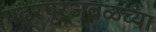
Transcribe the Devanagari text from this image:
पंढरपूरजवळच्या